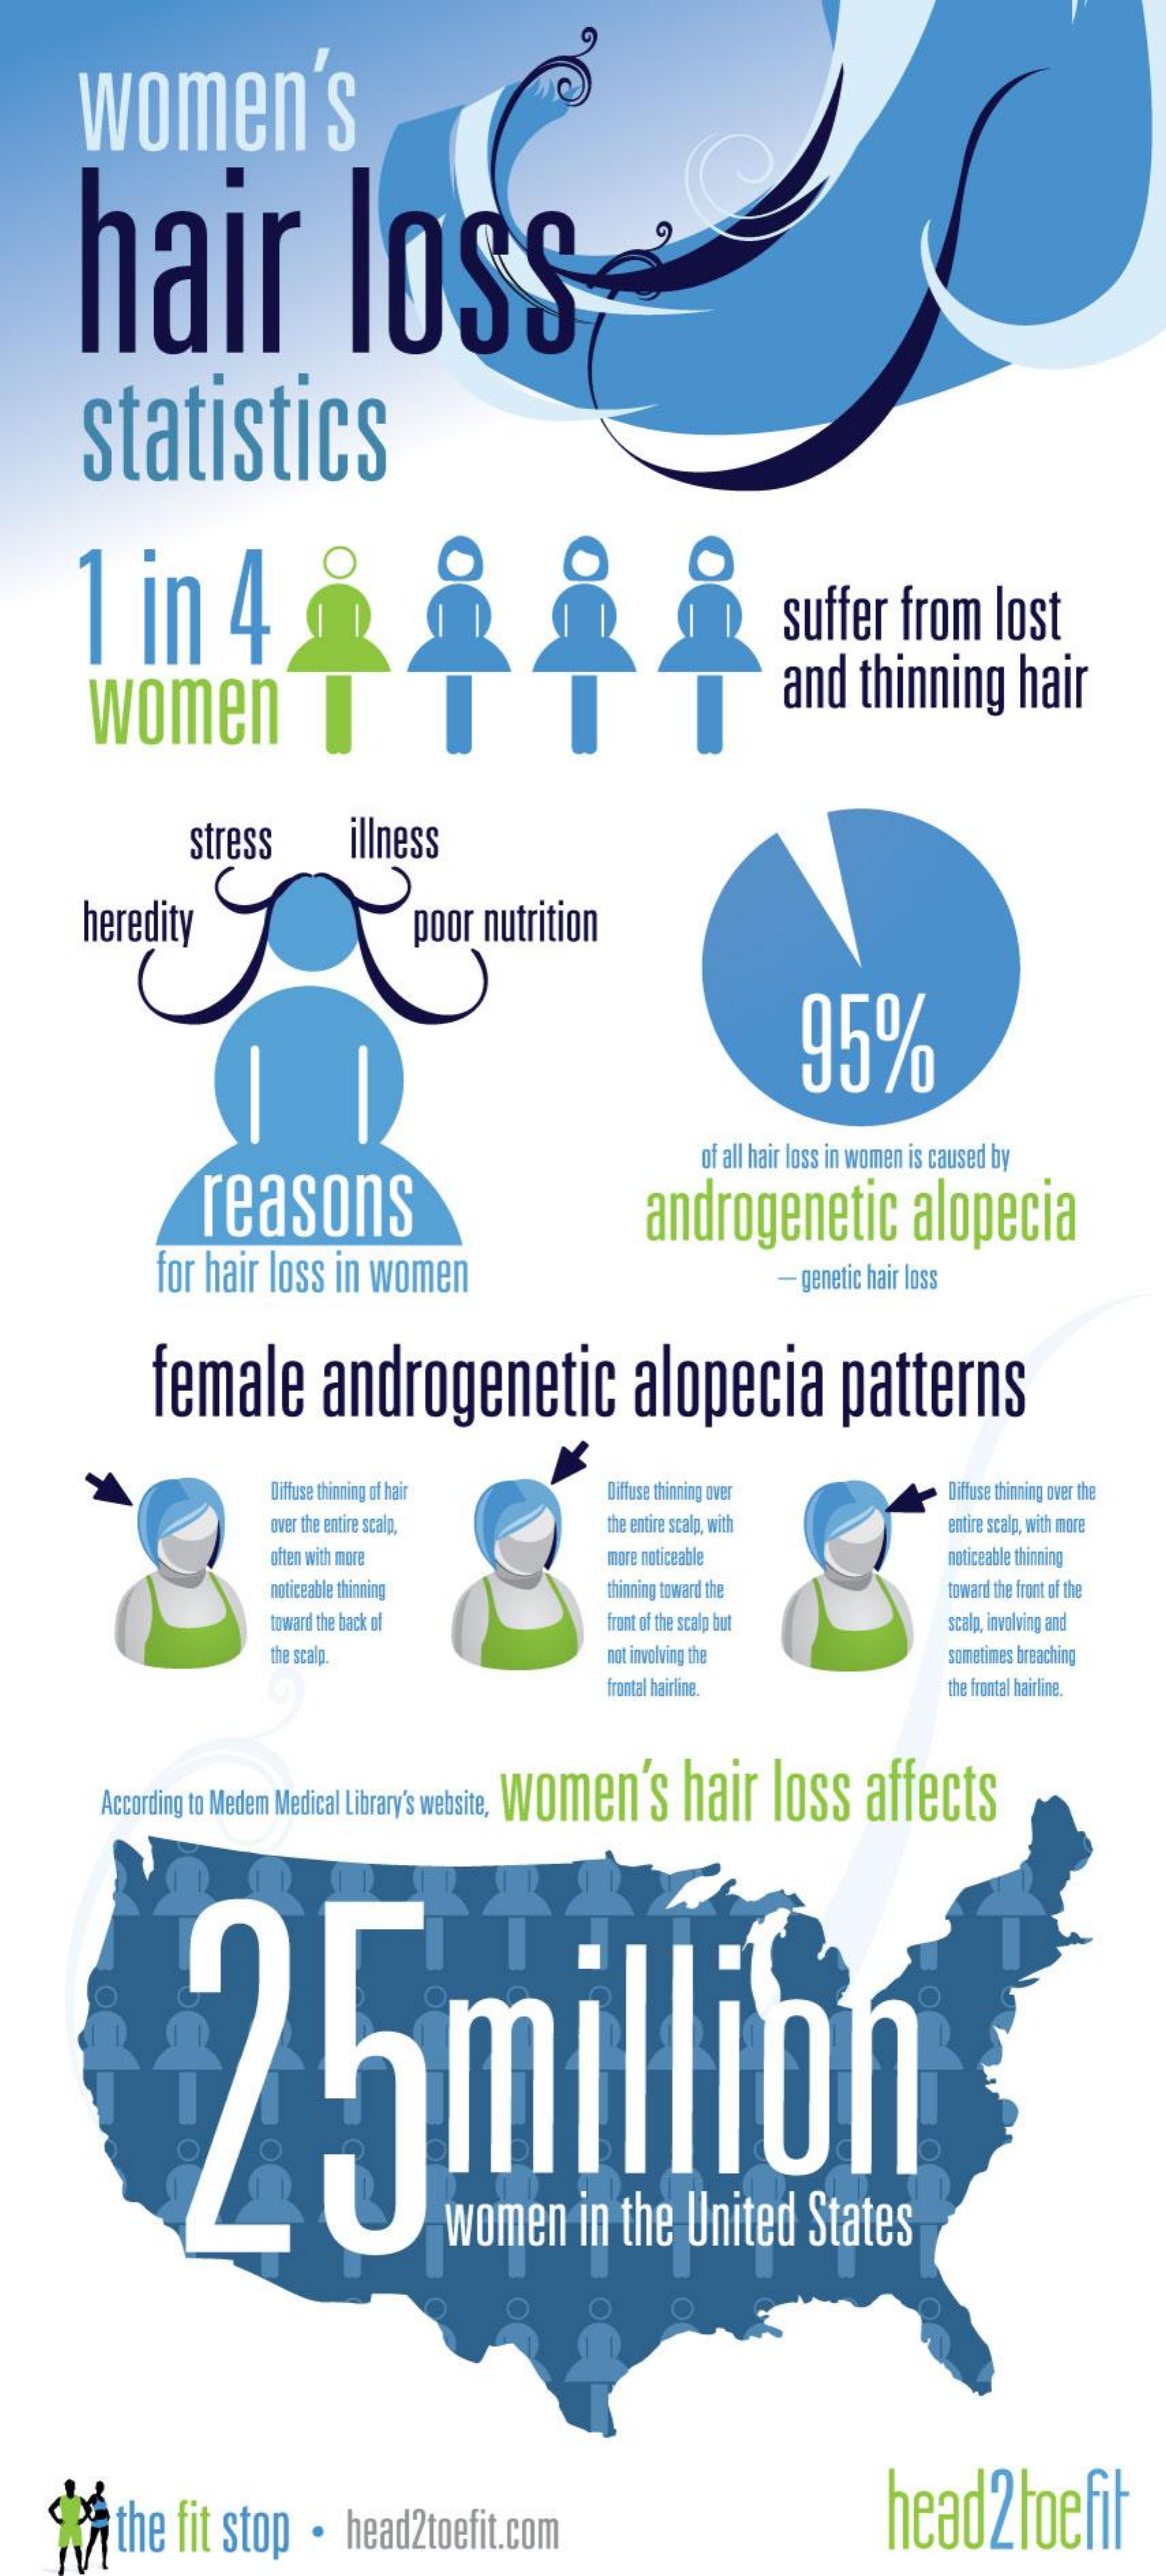
women's
     hair    loss
     statistics
     1   in    4    suffer  from  lost
     women    and  thinning   hair
     stress    illness
     heredity    poor nutrition
     95%
     reasons
     of all hair loss in women is caused by
     androgenetic    alopecia
     for hair loss in women    - genetic hair loss
     female    androgenetic    alopecia    patterns
     Diffuse thinning of hair Diffuse thinning over Diffuse thinning over the
     over the entire scalp,  the entire scalp, with entire scalp, with more
     often with more    more noticeable    noticeable thinning
     noticeable thinning    thinning toward the    toward the front of the
     toward the back of    front of the scalp but scalp, involving and
     the scalp.    not involving the    sometimes breaching
     frontal hairline.    the frontal hairline.
     According to Medem Medical Library's website, Women's hair loss affects
     2.5million
     O
     women    in the  United  States
     the fit stop  . head2toefit.com    head2toefit